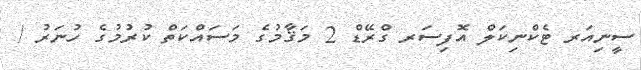
ސީނިއަރ ޓެކްނިކަލް އޮފިސަރ ގްރޭޑް 2 މަޤާމުގެ މަސައްކަތް ކުރުމުގެ ހުނަރު /